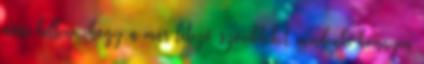
arra kellene, hogy a már létező szócikkeket mindenki könnyen